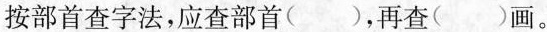
按部首查字法，应查部首( )，再查( )画。